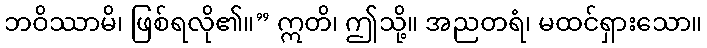
ဘဝိဿာမိ၊ ဖြစ်ရလို၏။” ဣတိ၊ ဤသို့။ အညတရံ၊ မထင်ရှားသော။